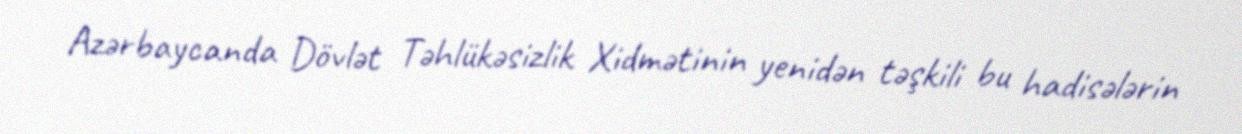
Azərbaycanda Dövlət Təhlükəsizlik Xidmətinin yenidən təşkili bu hadisələrin